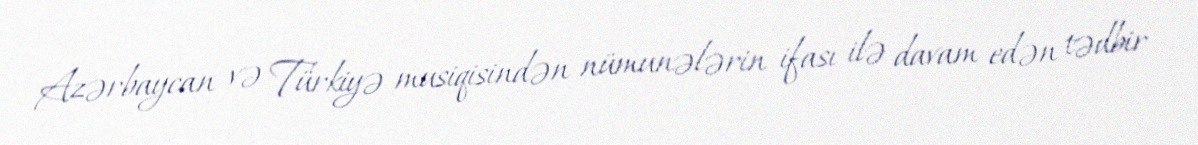
Azərbaycan və Türkiyə musiqisindən nümunələrin ifası ilə davam edən tədbir